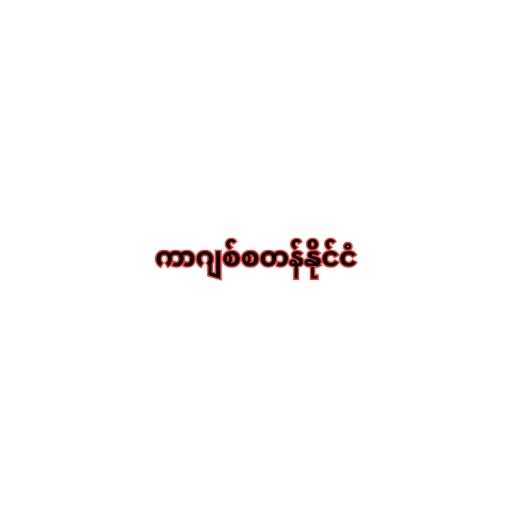
ကာဂျစ်စတန်နိုင်ငံ